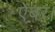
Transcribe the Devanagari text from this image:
ऐबर।